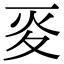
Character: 𡕢